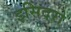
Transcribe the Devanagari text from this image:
इसिदरो